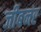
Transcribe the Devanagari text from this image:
जीबनर